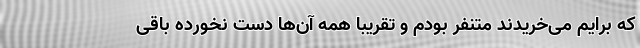
که برایم می‌خریدند متنفر بودم و تقریبا همه آن‌ها دست نخورده باقی